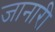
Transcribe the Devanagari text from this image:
जानारी